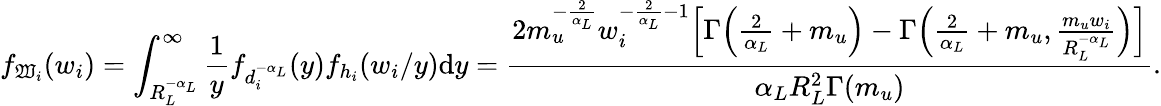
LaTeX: f_{\mathfrak{W}_{i}}(w_{i})=\int_{R_{L}^{-\alpha_{L}}}^{\infty}\frac{{1}}{{y}}f_{d_{i}^{-\alpha_{L}}}(y)f_{h_{i}}(w_{i}/y)\mathrm{{d}}y=\frac{{2m_{u}^{-\frac{{2}}{{\alpha_{L}}}}w_{i}^{-\frac{{2}}{{\alpha_{L}}}-1}\Big[\Gamma\Big(\frac{{2}}{{\alpha_{L}}}+m_{u}\Big)-\Gamma\Big(\frac{{2}}{{\alpha_{L}}}+m_{u},\frac{{m_{u}w_{i}}}{{R_{L}^{-\alpha_{L}}}}\Big)\Big]}}{{\alpha_{L}R_{L}^{2}\Gamma(m_{u})}}.